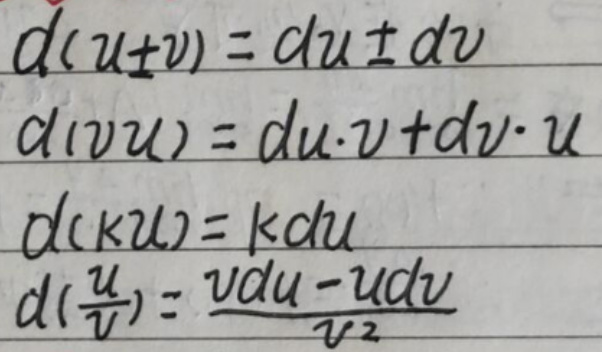
\[
\begin{align*}
d(u\pm v)&=du\pm dv\\
d(vu)&=du\cdot v + dv\cdot u\\
d(ku)&=kdu\\
d\left(\frac{u}{v}\right)&=\frac{vdu - udv}{v^2}
\end{align*}
\]